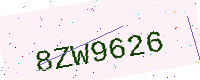
Text: 8ZW9626